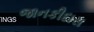
જાનકીદાસ